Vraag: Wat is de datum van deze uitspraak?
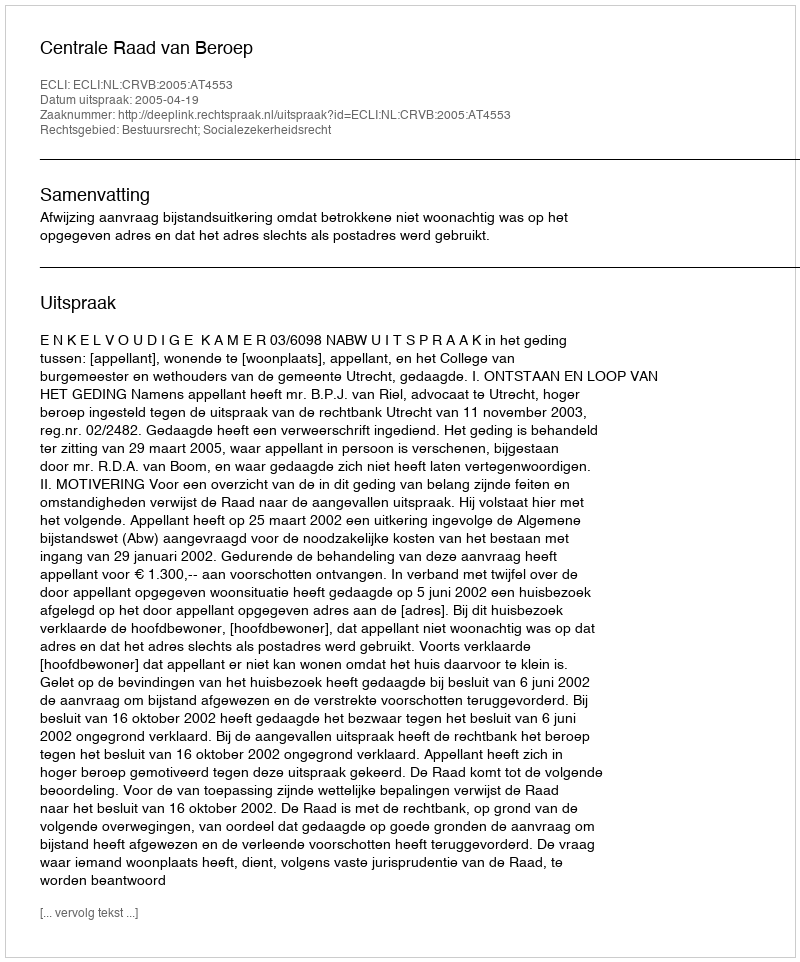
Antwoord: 2005-04-19